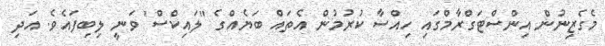
މެގެޒިނުން އިންސްޓަގްރާމްގައި ހިއްސާ ކުރުމުން އެތައް ބަޔެއްގެ "ލައިކްސް" ވަނީ ލިބިފައެވެ. އަދި